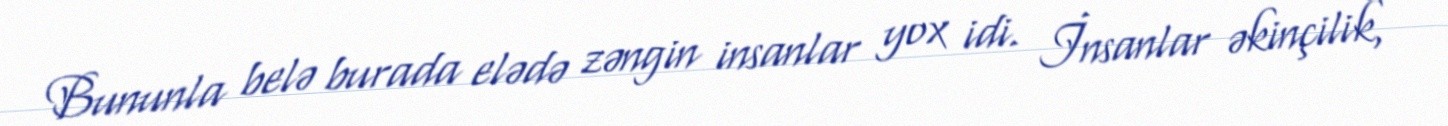
Bununla belə burada elədə zəngin insanlar yox idi. İnsanlar əkinçilik,